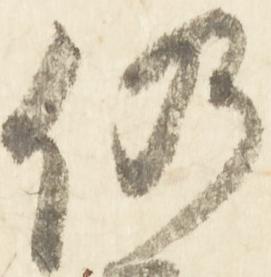
仍